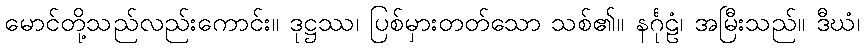
မောင်တို့သည်လည်းကောင်း။ ဒုဋ္ဌဿ၊ ပြစ်မှားတတ်သော သစ်၏။ နင်္ဂုဠံ၊ အမြီးသည်။ ဒီဃံ၊